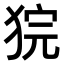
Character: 𤞵